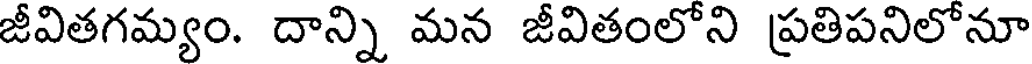
జీవితగమ్యం. దాన్ని మన జీవితంలోని ప్రతిపనిలోనూ